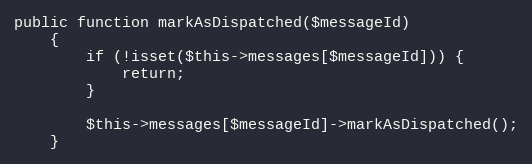
Language: PHP
public function markAsDispatched($messageId)
    {
        if (!isset($this->messages[$messageId])) {
            return;
        }

        $this->messages[$messageId]->markAsDispatched();
    }